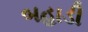
બહાડી